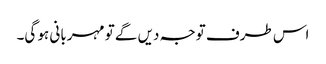
اس طرف توجہ دیں گے تو مہربانی ہو گی۔